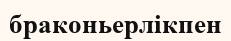
браконьерлікпен